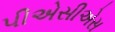
પીએસીએસ